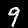
Digit: 9